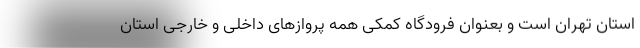
استان تهران است و بعنوان فرودگاه کمکی همه پروازهای داخلی و خارجی استان